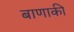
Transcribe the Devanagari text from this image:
बाणाकी